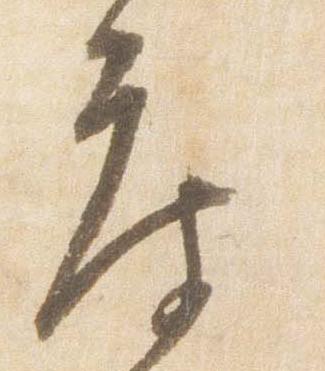
度